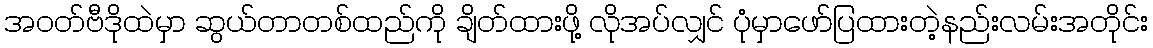
အဝတ်ဗီဒိုထဲမှာ ဆွယ်တာတစ်ထည်ကို ချိတ်ထားဖို့ လိုအပ်လျှင် ပုံမှာဖော်ပြထားတဲ့နည်းလမ်းအတိုင်း